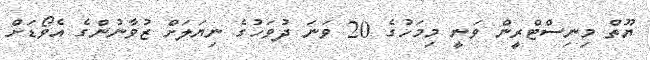
ޔޫތް މިނިސްޓްރީން ވަނީ މިމަހުގެ 20 ވަނަ ދުވަހުގެ ނިޔަލަށް ޒުވާނުންގެ އެވޯޑަށް